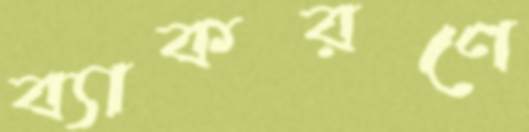
ব্যাকরণে